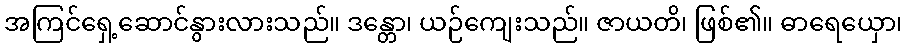
အကြင်ရှေ့ဆောင်နွားလားသည်။ ဒန္တော၊ ယဉ်ကျေးသည်။ ဇာယတိ၊ ဖြစ်၏။ ဓာရေယှော၊